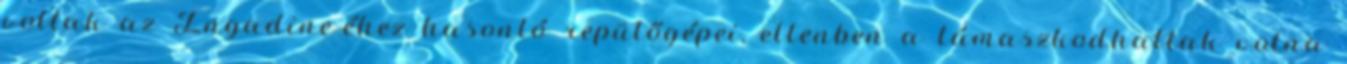
voltak az Engadine-éhez hasonló repülőgépei, ellenben a támaszkodhattak volna